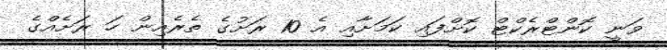
ވަނީ ކޮންޓްރެކްޓް ކޮށްފައި ކަމަށާއި އެ 10 ރަށުގެ ތެރެއިން ހަ ރަށެއްގެ